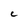
Character: C